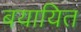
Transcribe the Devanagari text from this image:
बयायित